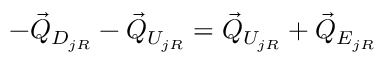
- \vec { Q } _ { D _ { j R } } - \vec { Q } _ { U _ { j R } } = \vec { Q } _ { U _ { j R } } + \vec { Q } _ { E _ { j R } }